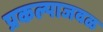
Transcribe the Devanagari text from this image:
प्रकल्पाजवळ